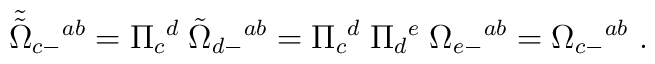
{\tilde {\tilde \Omega}}_{c-}{}^{ab} = \Pi _c{}^d \;  {\tilde\Omega}_{d-}{}^{ab} =\Pi _c{}^d \; \Pi _d{}^e \; \Omega_{e-}{}^{ab} =\Omega_{c-}{}^{ab} \ .